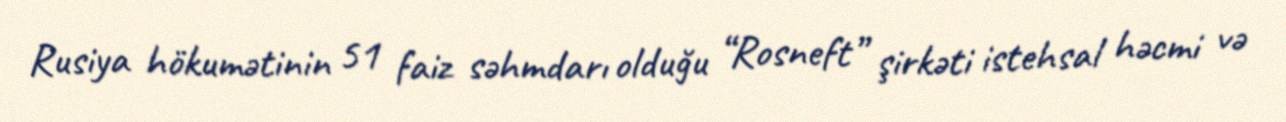
Rusiya hökumətinin 51 faiz səhmdarı olduğu “Rosneft” şirkəti istehsal həcmi və